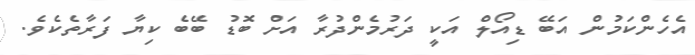
އެހެންކަމުން އަބޭ ޑިއޯލް އަކީ ދަރުމެންދުރާ އަށް ބޮޑު ބޭބެ ކިޔާ ފަރާތެކެވެ.